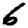
Digit: 6